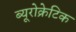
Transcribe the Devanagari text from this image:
ब्यूरोक्रेटिक